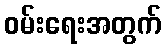
ဝမ်းရေးအတွက်